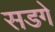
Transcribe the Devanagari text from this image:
सडगे